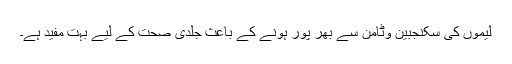
لیموں کی سکنجبین وٹامن سے بھر پور ہونے کے باعث جلدی صحت کے لیے بہت مفید ہے۔